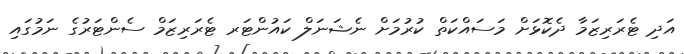
އަދި ޓެރަރިޒަމާ ދެކޮޅަށް މަސައްކަތް ކުރުމަށް ނެޝަނަލް ކައުންޓަރ ޓެރަރިޒަމް ސެންޓަރުގެ ނަމުގައި